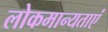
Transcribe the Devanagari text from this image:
लोकमान्यताएं